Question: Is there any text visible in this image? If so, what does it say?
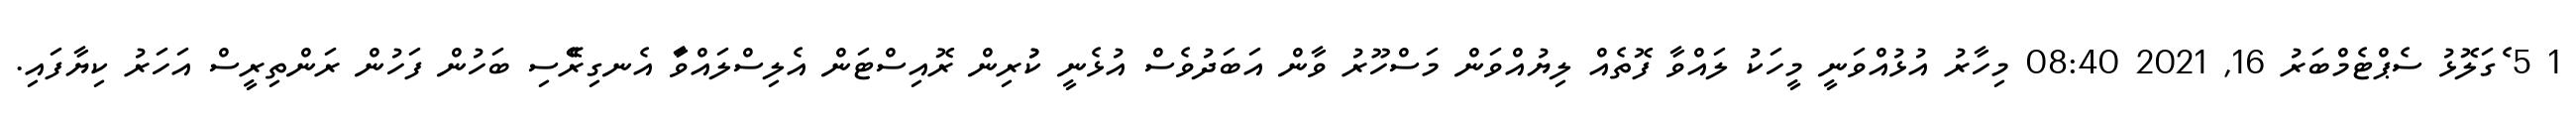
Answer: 1 5 ެގަލޮޅު ސެޕްޓެމްބަރު 16, 2021 08:40 މިހާރު އުޅުއްވަނީ މީހަކު ލައްވާ ފޮތެއް ލިޔުއްވަން މަސްހޫރު ވާން އަބަދުވެސް އުޅެނީ ކުުރިން ރޮއިސްޓަން އެލިސްލައްވަާ އެނގިރެޭސި ބަހުން ފަހުން ރަންތިރީސް އަހަރު ކިޔާފައި.